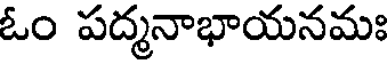
ఓం పద్మనాభాయనమః